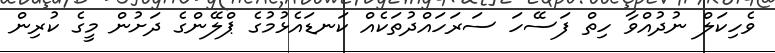
ވެހިކަލް ނުދުއްވާ ހިތް ފަސޭހަ ސަރަހައްދުތަކެއް ކަނޑައެޅުމުގެ ޕްލޭންގެ ދަށުން މީގެ ކުރިން